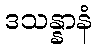
ဒသန္နာနံ